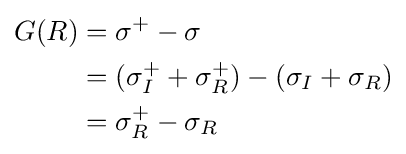
{\begin{aligned}G(R)&=\sigma ^{+}-\sigma \\&=(\sigma _{I}^{+}+\sigma _{R}^{+})-(\sigma _{I}+\sigma _{R})\\&=\sigma _{R}^{+}-\sigma _{R}\end{aligned}}